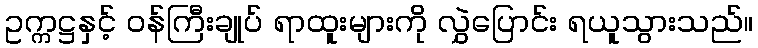
ဥက္ကဋ္ဌနှင့် ဝန်ကြီးချုပ် ရာထူးများကို လွှဲပြောင်း ရယူသွားသည်။